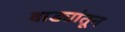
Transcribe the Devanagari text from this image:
वाड्यांतून